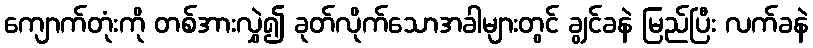
ကျောက်တုံးကို တစ်အားလွှဲ၍ ခုတ်လိုက်သောအခါများတွင် ချွင်ခနဲ မြည်ပြီး လက်ခနဲ